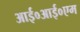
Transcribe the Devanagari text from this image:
आई०आई०एम